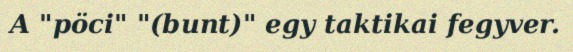
A "pöci" "(bunt)" egy taktikai fegyver.